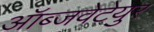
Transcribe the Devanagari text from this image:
ऑब्जवेटेयुर